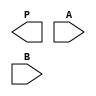
module MULT_8x8_f (P, A, B);

   parameter
      NA = 8,
      NB = 8,
      NP = 16,
      PX = 16'bx;

   input  [NA-1:0] A;
   input  [NB-1:0] B;
   output [NP-1:0] P;

   reg [NA-1:0] A_sign;
   reg [NB-1:0] B_sign;
   reg [NP-1:0] P_sign;
   reg Sign;

   wire [NA-1:0] AI;
   wire [NB-1:0] BI;

   // SDF constraint: set of buffers to allow the MIPDs annotation
   buf a0 (AI[0], A[0]);
   buf a1 (AI[1], A[1]);
   buf a2 (AI[2], A[2]);
   buf a3 (AI[3], A[3]);
   buf a4 (AI[4], A[4]);
   buf a5 (AI[5], A[5]);
   buf a6 (AI[6], A[6]);
   buf a7 (AI[7], A[7]);

   buf b0 (BI[0], B[0]);
   buf b1 (BI[1], B[1]);
   buf b2 (BI[2], B[2]);
   buf b3 (BI[3], B[3]);
   buf b4 (BI[4], B[4]);
   buf b5 (BI[5], B[5]);
   buf b6 (BI[6], B[6]);
   buf b7 (BI[7], B[7]);

   reg change_in;
   wire change_out;

   initial change_in = 0;

   buf #(0.01) bc (change_out, change_in);

   wire [NP-1:0] PI;

   // SDF constraint: P_sign cannot be used to drive directly buffers
   assign PI = P_sign;

   // SDF constraint: set of buffers to allow the output acceleration
   buf p0 (P[0], PI[0]);
   buf p1 (P[1], PI[1]);
   buf p2 (P[2], PI[2]);
   buf p3 (P[3], PI[3]);
   buf p4 (P[4], PI[4]);
   buf p5 (P[5], PI[5]);
   buf p6 (P[6], PI[6]);
   buf p7 (P[7], PI[7]);
   buf p8 (P[8], PI[8]);
   buf p9 (P[9], PI[9]);
   buf p10 (P[10], PI[10]);
   buf p11 (P[11], PI[11]);
   buf p12 (P[12], PI[12]);
   buf p13 (P[13], PI[13]);
   buf p14 (P[14], PI[14]);
   buf p15 (P[15], PI[15]);

   specify
      specparam
         th = 0.940,
         td = 4.930;

      // Pin-to-pin delay
      (A, B *> P) = (td, td, th, 0, th, 0);
   endspecify


endmodule